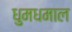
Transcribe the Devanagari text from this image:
धुमधमाल